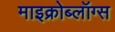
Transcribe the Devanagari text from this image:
माइक्रोब्लॉग्स